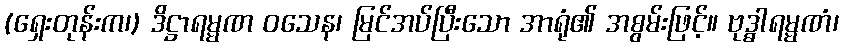
(ရှေးတုန်းက၊) ဒိဋ္ဌာရမ္မဏ ဝသေန၊ မြင်အပ်ပြီးသော အာရုံ၏ အစွမ်းဖြင့်။ ဗုဒ္ဓါရမ္မဏံ၊